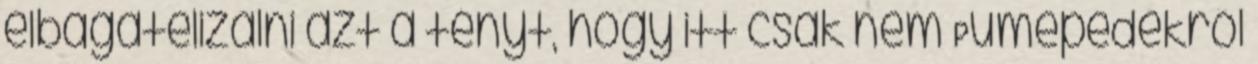
elbagatelizálni azt a tényt, hogy itt csak nem Pumepedékről